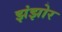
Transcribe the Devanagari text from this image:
झंझोर